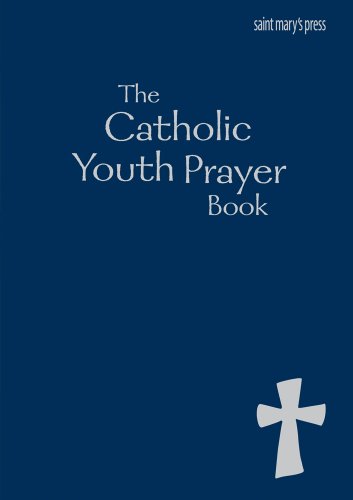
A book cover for The Catholic Youth Prayer Book-blue; Laure Krupp; Religion & Spirituality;